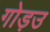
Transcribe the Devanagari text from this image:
गोड़उ